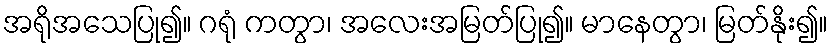
အရိုအသေပြု၍။ ဂရုံ ကတွာ၊ အလေးအမြတ်ပြု၍။ မာနေတွာ၊ မြတ်နိုး၍။